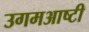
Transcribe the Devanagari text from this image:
उगमआष्टी